Lunatic asylums Bombay report 1878-1890 - 1878-1890
Year: 1878
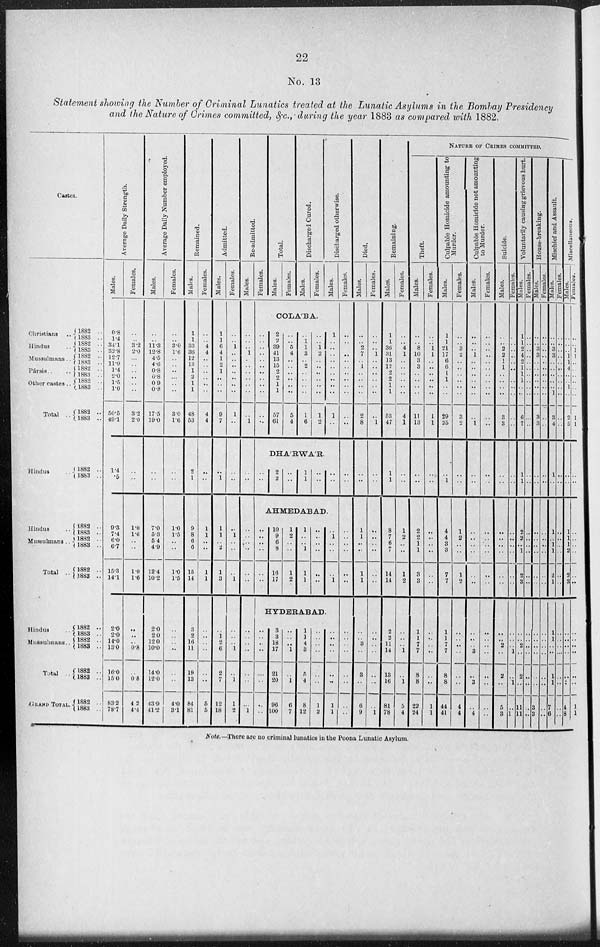
22
No. 13
Statement showing the Number of Criminal Lunatics treated at the Lunatic Asylums in the Bombay Presidency
and the Nature of Crimes committed,&c.,during
the year 1883 as compared with 1882.
Castes.
Christians ...
Hindus ..
Mussulmans ..
Pársis ..
Other castes ..
Total ..
Hindus ..
Hindus ..
Mussulmans ..
Total ..
Hindus
Mussulmans..
Total ..
GRAND TOTAL.
1882 ..
1883 ..
1882 ..
1883 ..
1882 ..
1883 ..
1882 ..
1883 ..
1882 ..
1883 ..
1882 ..
1883 ..
1882 ..
1883 ..
1882 ..
1883 ..
1882 ..
1883 ..
1882 ..
1883 ..
1882 ..
1883 ..
1882 ..
1883 ..
1882 ..
1883 ..
1882 ..
1883 ..
Average Daily Strength.
Males.
0.8
1.4
34.1
32.8
12.7
11.9
1.4
2.0
1.5
1.0
50.5
49.1
1.4
.5
0.3
7.4
6.0
6.7
15.3
14.1
2.0
2.0
14.0
13.0
16.0
15.0
83.2
78.7
Females.
..
.. 3.2
2.0
..
..
..
..
..
..
3.2
2.0
..
..
1.0
1.6
..
..
1.0
1.6
..
..
.. 0.8
..
0.8
4.2
4.4
Average Daily Number employed.
Males.
..
.. 11.3
12.8
4.5
4.6
0.8
0.8
0.9
0.8
17.5
19.0
..
..
7.0
5.3
5.4
4.9
12.4
10.2
2.0
2.0
12 0
10.0
14.0
12.0
43.9
41.2
Females.
..
.. 3.0
1.6
..
..
..
..
..
..
3.0
1.6
..
..
1.0
1.5
..
..
1.0
1.5
..
..
..
..
..
..
4.0
3.1
Remained.
Males.
1
1
33
36
12
13
1
2
1
1
48
53
2
1
9
8
6
6
15
14
3
2
16
11
19
13
84
81
Females.
..
.. 4
4
..
..
..
..
..
..
4
4
..
..
1
1
.. ..
1
1
..
..
..
..
..
..
5
5
Admitted.
Males.
1
1
6
4
1
2
1
..
..
..
9
7
..
1
1
1
.. 2
1
3
..
1
2
6
2
7
12
18
Females.
..
.. 1
..
..
..
..
..
..
..
1
..
..
..
..
1
..
..
..
1
..
..
.. 1
..
1
1
2
Re-admitted.
Males.
..
..
.. 1
..
..
..
..
..
..
..
1
Females.
Total.
Males.
Females.
Discharged Cured.
Males.
Females.
Discharged otherwise.
Males.
COLA'BA.
..
..
..
..
..
..
..
..
..
..
..
..
2
2
39
41
13
15
2
2
1
1
57
61
..
.. 5
4
..
..
..
..
..
..
5
4
..
1
1
3
.. 2
..
..
..
..
1
6
..
.. 1
2
..
..
..
..
..
..
1
2
1
..
..
..
..
..
..
..
..
..
1
..
Females.
..
..
..
..
..
..
..
..
..
..
..
..
DHA'RWA'R.
..
..
..
..
2
2 ..
..
1
1
..
..
..
..
..
..
AHMEDABAD.
..
..
..
..
..
..
..
..
..
..
..
..
10
9
6
8
16
17
1
2
..
..
1
2
1
..
.. 1
1
1
..
..
..
..
..
..
..
1
..
..
..
1
..
..
..
..
..
..
HYDERABAD.
..
..
..
..
..
..
..
1
..
..
..
..
..
..
..
..
3
3
18
17
21
20
96
100
..
.. .. 1
..
1
6
7
1
1
4
3
5
4
8
12
..
..
..
..
..
..
1
2
..
..
..
..
..
..
1
1
..
..
..
..
..
..
..
..
Died.
Males.
..
.. 2
7
.. 1
..
..
..
..
2
8
..
..
1
1
..
..
1
1
..
.. 3
..
3
..
6
9
Females.
..
..
.. 1
..
..
..
..
..
..
..
1
..
..
..
..
..
..
..
..
..
..
..
..
..
..
..
1
Remaining.
Males.
1
1
36
31
13
12
2
2
1
1
53
47
1
1
8
7
6
7
14
14
2
2
11
14
13
16
81
78
Females.
..
.. 4
1
..
..
..
..
..
..
4
1
..
..
1
2
..
..
1
2
..
..
..
1
..
1
5
4
NATURE OF CRIMES COMMITTE
Theft.
Males.
..
.. 8
10
3
3
..
..
..
..
11
13
..
..
2
2
1
1
3
3
1
1
7
7
8
8
22
24
Females.
..
.. 1
1
..
..
..
..
..
..
1
1
..
..
..
..
..
..
..
..
..
..
..
..
..
..
1
1
Culpable Homicide amounting to
Murder.
Males.
1
1
21
17
6
6
1
1
..
..
29
25
..
1
4
4
3
3
7
7
1
1
7
7
8
8
44
41
Females.
..
.. 3
2
..
..
..
..
..
..
3
2
..
..
1
2
..
..
1
2
..
..
..
..
..
..
4
4
Culpable Homicide not amounting
to Murder.
Males.
..
..
.. 1
..
..
..
..
..
..
..
1
..
..
..
..
..
..
..
..
..
..
.. 3
..
3
..
4
Females.
..
..
..
..
..
..
..
..
..
..
..
..
..
..
..
..
..
..
..
..
..
..
..
..
..
..
..
..
Suicide.
Males.
..
.. 2
2
1
1
..
..
..
..
3
3
..
..
..
..
..
..
..
..
..
.. 2
..
2
..
5
3
Females.
..
..
..
..
..
..
..
..
..
..
..
..
..
..
..
..
..
..
..
..
..
..
..
1
..
1
..
1
Voluntarily causing grievous hurt.
Males.
1
1
2
4 2
1
1
1
..
..
6
7
1
1
2
2
..
1
2
..
..
..
2
..
2
..
..
1
Females.
..
..
..
..
..
..
..
..
..
..
..
..
..
..
..
..
..
..
..
..
..
..
..
..
..
..
11
11
House-breaking.
Males.
..
..
3
3
..
..
..
..
..
..
3
3
..
..
..
..
..
..
..
..
..
..
..
..
..
..
3
3
Females.
..
..
..
..
..
..
..
..
..
..
..
..
..
..
..
..
..
..
..
..
..
..
..
..
..
..
..
..
Mischief and Assault.
Males.
..
.. 3
3
..
..
..
..
..
1
3
4
1
..
1
..
1
..
..
..
..
..
..
..
1
1
7
6
Females.
..
..
..
..
..
..
..
..
..
..
..
..
..
..
..
..
..
..
..
.
..
..
..
..
..
..
..
..
Miscellaneous.
Males.
..
..
.. 1
1
4
..
..
1
..
2
5
..
..
1
1
1
..
..
3
..
..
..
..
..
..
4
8
Females.
..
.. 1
1
..
..
..
..
..
..
1
1
..
..
..
..
..
..
..
..
..
..
..
..
..
..
1
1
Note.—There are no criminal lunatics in the Poona Lunatic Asylum.